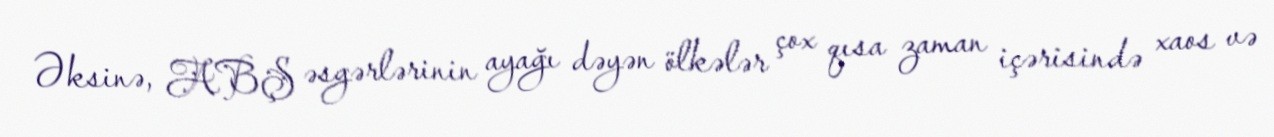
Əksinə, ABŞ əsgərlərinin ayağı dəyən ölkələr çox qısa zaman içərisində xaos və